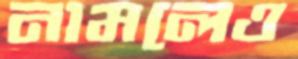
নামলেও